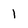
Character: 1